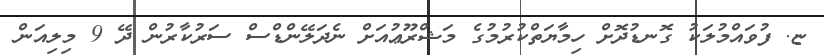
ޏ. ފުވައްމުލަކު ގޮނޑުދޮށް ހިމާޔަތްކުރުމުގެ މަޝްރޫޢުއަށް ނެދަލޭންޑްސް ސަރުކާރުން ދޭ 9 މިލިއަން